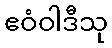
ဧဝံဝါဒီသု